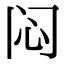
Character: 闷